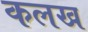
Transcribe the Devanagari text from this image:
कलख